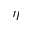
\eta